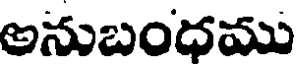
అనుబంధము